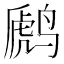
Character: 䴘